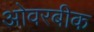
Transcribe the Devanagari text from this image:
ओवरबीक